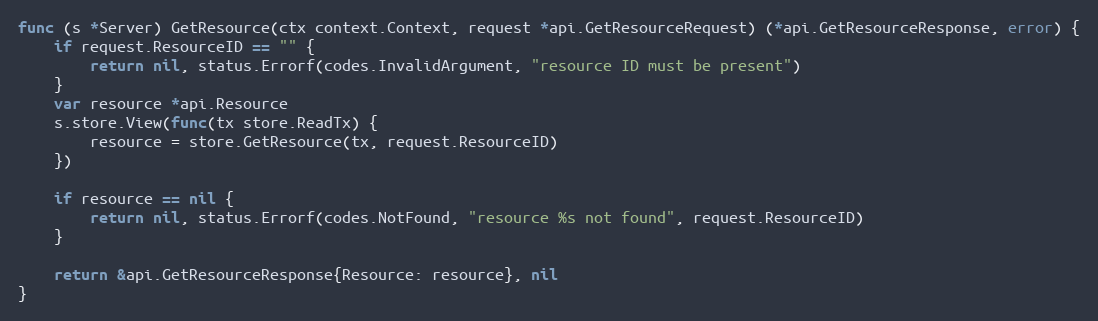
Language: Go
func (s *Server) GetResource(ctx context.Context, request *api.GetResourceRequest) (*api.GetResourceResponse, error) {
	if request.ResourceID == "" {
		return nil, status.Errorf(codes.InvalidArgument, "resource ID must be present")
	}
	var resource *api.Resource
	s.store.View(func(tx store.ReadTx) {
		resource = store.GetResource(tx, request.ResourceID)
	})

	if resource == nil {
		return nil, status.Errorf(codes.NotFound, "resource %s not found", request.ResourceID)
	}

	return &api.GetResourceResponse{Resource: resource}, nil
}